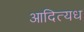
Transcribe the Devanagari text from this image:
आदित्यध